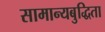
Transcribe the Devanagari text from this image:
सामान्यबुद्धिता